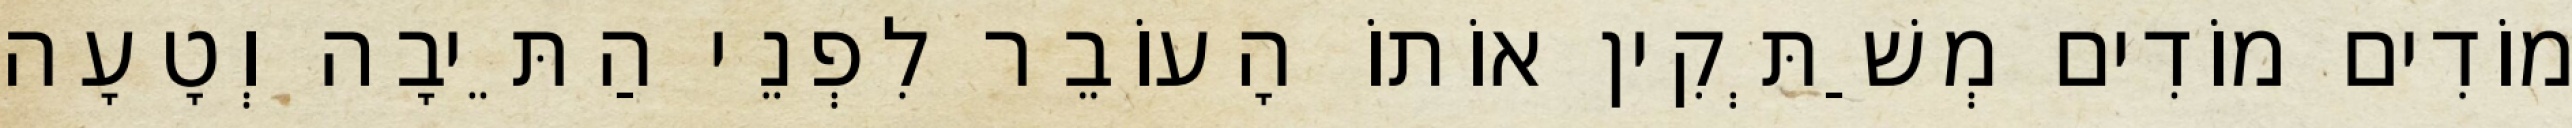
מוֹדִים מוֹדִים מְשַׁתְּקִין אוֹתוֹ הָעוֹבֵר לִפְנֵי הַתֵּיבָה וְטָעָה